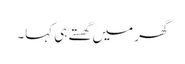
گھر میں گھستے ہی کہا۔